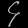
Digit: ၄